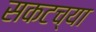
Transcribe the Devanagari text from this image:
सकटच्या